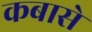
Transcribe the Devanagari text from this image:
कबासे